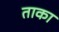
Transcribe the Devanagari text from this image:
ताका